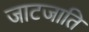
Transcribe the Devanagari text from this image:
जाटजाति